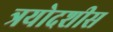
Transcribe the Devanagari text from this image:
त्रयोदशीस